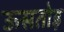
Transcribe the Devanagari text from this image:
ऊसतोड़